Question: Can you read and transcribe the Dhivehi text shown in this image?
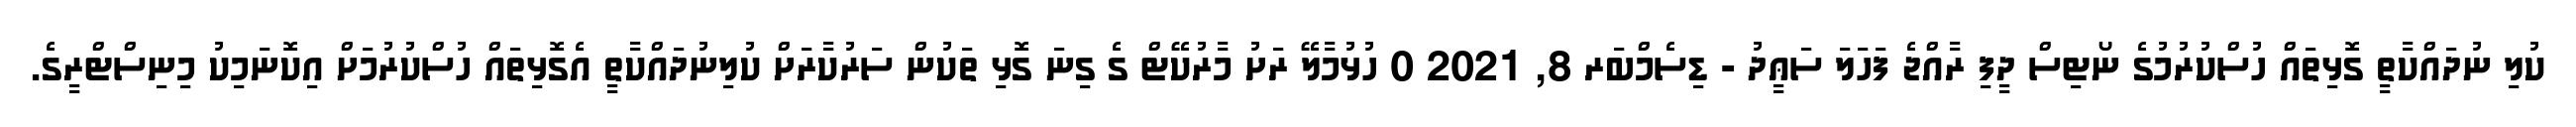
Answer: ކުލި ނުދައްކާތީ ގޮޅިތައް ހުސްކުރުމުގެ ނޯޓިސް ދީފި ރާއްޖެ ފަހަލަ ސަޢީދު - ޑިސެމްބަރ 8, 2021 0 ހުޅުމާލޭ ރަށު މާރުކޭޓް ގެ ގިނަ ގޮޅި ތަކުން ސަރުކާރަށް ކުލިނުދައްކާތީ އެގޮޅިތައް ހުސްކުރުމަށް އިކޮނަމިކު މިނިސްޓްރީގެ.